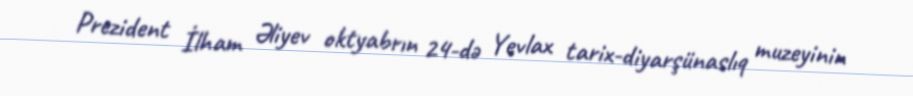
Prezident İlham Əliyev oktyabrın 24-də Yevlax tarix-diyarşünaslıq muzeyinin